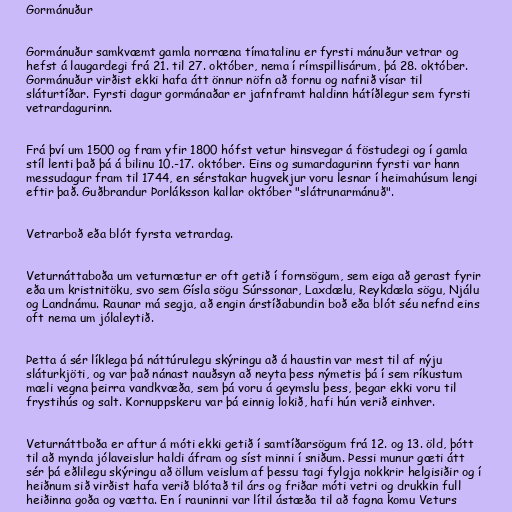
Gormánuður

Gormánuður samkvæmt gamla norræna tímatalinu er fyrsti mánuður vetrar og
hefst á laugardegi frá 21. til 27. október, nema í rímspillisárum, þá 28. október.
Gormánuður virðist ekki hafa átt önnur nöfn að fornu og nafnið vísar til
sláturtíðar. Fyrsti dagur gormánaðar er jafnframt haldinn hátíðlegur sem fyrsti
vetrardagurinn.

Frá því um 1500 og fram yfir 1800 hófst vetur hinsvegar á föstudegi og í gamla
stíl lenti það þá á bilinu 10.-17. október. Eins og sumardagurinn fyrsti var hann
messudagur fram til 1744, en sérstakar hugvekjur voru lesnar í heimahúsum lengi
eftir það. Guðbrandur Þorláksson kallar október "slátrunarmánuð".

Vetrarboð eða blót fyrsta vetrardag.

Veturnáttaboða um veturnætur er oft getið í fornsögum, sem eiga að gerast fyrir
eða um kristnitöku, svo sem Gísla sögu Súrssonar, Laxdælu, Reykdæla sögu, Njálu
og Landnámu. Raunar má segja, að engin árstíðabundin boð eða blót séu nefnd eins
oft nema um jólaleytið.

Þetta á sér líklega þá náttúrulegu skýringu að á haustin var mest til af nýju
sláturkjöti, og var það nánast nauðsyn að neyta þess nýmetis þá í sem ríkustum
mæli vegna þeirra vandkvæða, sem þá voru á geymslu þess, þegar ekki voru til
frystihús og salt. Kornuppskeru var þá einnig lokið, hafi hún verið einhver.

Veturnáttboða er aftur á móti ekki getið í samtíðarsögum frá 12. og 13. öld, þótt
til að mynda jólaveislur haldi áfram og síst minni í sniðum. Þessi munur gæti átt
sér þá eðlilegu skýringu að öllum veislum af þessu tagi fylgja nokkrir helgisiðir og í
heiðnum sið virðist hafa verið blótað til árs og friðar móti vetri og drukkin full
heiðinna goða og vætta. En í rauninni var lítil ástæða til að fagna komu Veturs